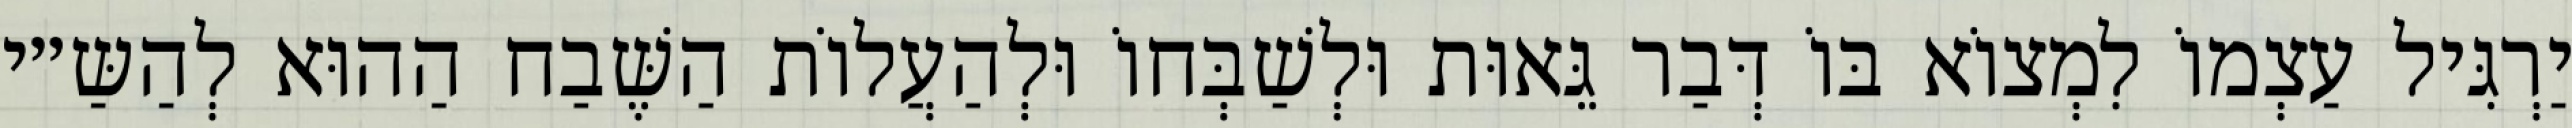
יַרְגִּיל עַצְמוֹ לִמְצוֹא בּוֹ דְּבַר גֵּאוּת וּלְשַׁבְּחוֹ וּלְהַעֲלוֹת הַשֶּׁבַח הַהוּא לְהַשַּ״י